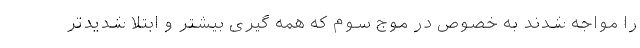
را مواجه شدند به خصوص در موج سوم که همه گیری بیشتر و ابتلا شدیدتر